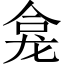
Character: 龛